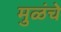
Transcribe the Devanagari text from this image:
मुळंचे